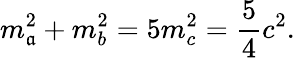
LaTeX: m_{\mathfrak{a}}^{2}+m_{b}^{2}=5m_{c}^{2}={\frac{{5}}{{4}}}c^{2}.